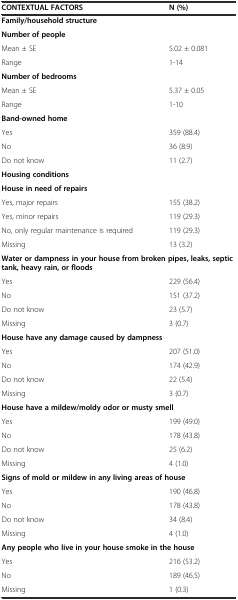
| CONTEXTUAL FACTORS | N (%) |
 | --- | --- |
 | <COLSPAN=2> Family/household structure |
 | <COLSPAN=2> Number of people |
 | Mean ± SE | 5.02 ± 0.081 |
 | Range | 1-14 |
 | <COLSPAN=2> Number of bedrooms |
 | Mean ± SE | 5.37 ± 0.05 |
 | Range | 1-10 |
 | Band-owned home |  |
 | Yes | 359 (88.4) |
 | No | 36 (8.9) |
 | Do not know | 11 (2.7) |
 | <COLSPAN=2> Housing conditions |
 | <COLSPAN=2> House in need of repairs |
 | Yes, major repairs | 155 (38.2) |
 | Yes, minor repairs | 119 (29.3) |
 | No, only regular maintenance is required | 119 (29.3) |
 | Missing | 13 (3.2) |
 | <COLSPAN=2> Water or dampness in your house from broken pipes, leaks, septic tank, heavy rain, or floods |
 | Yes | 229 (56.4) |
 | No | 151 (37.2) |
 | Do not know | 23 (5.7) |
 | Missing | 3 (0.7) |
 | <COLSPAN=2> House have any damage caused by dampness |
 | Yes | 207 (51.0) |
 | No | 174 (42.9) |
 | Do not know | 22 (5.4) |
 | Missing | 3 (0.7) |
 | <COLSPAN=2> House have a mildew/moldy odor or musty smell |
 | Yes | 199 (49.0) |
 | No | 178 (43.8) |
 | Do not know | 25 (6.2) |
 | Missing | 4 (1.0) |
 | <COLSPAN=2> Signs of mold or mildew in any living areas of house |
 | Yes | 190 (46.8) |
 | No | 178 (43.8) |
 | Do not know | 34 (8.4) |
 | Missing | 4 (1.0) |
 | <COLSPAN=2> Any people who live in your house smoke in the house |
 | Yes | 216 (53.2) |
 | No | 189 (46.5) |
 | Missing | 1 (0.3) |